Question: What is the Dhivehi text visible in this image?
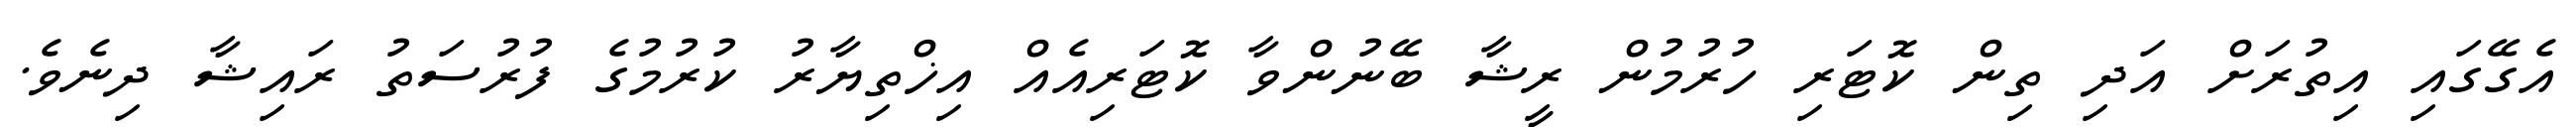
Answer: އެގޭގައި އިތުރަށް އަދި ތިން ކޮޓަރި ހުރުމުން ރީޝާ ބޭނުންވާ ކޮޓަރިއެއް އިޚްތިޔާރު ކުރުމުގެ ފުރުސަތު ރައިޝާ ދިނެވެ.